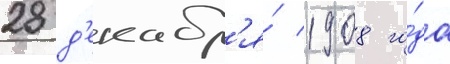
28 д'екабр'я́ 1908 го́да